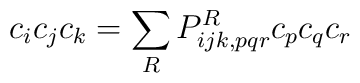
c_i c_j c_k = \sum_R P^R_{ijk,pqr} c_p c_q c_r